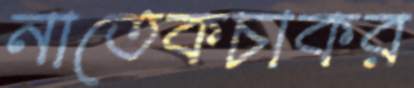
নাতেকচাকর